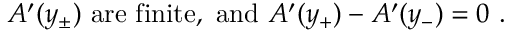
{ \cal A } ^ { \prime } ( y _ { \pm } ) ~ { \mathrm { a r e ~ f i n i t e , ~ a n d } } ~ { \cal A } ^ { \prime } ( y _ { + } ) - { \cal A } ^ { \prime } ( y _ { - } ) = 0 ~ .